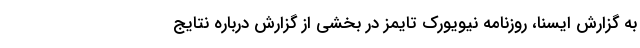
به گزارش ایسنا، روزنامه نیویورک تایمز در بخشی از گزارش درباره نتایج